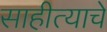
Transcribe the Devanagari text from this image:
साहीत्याचे